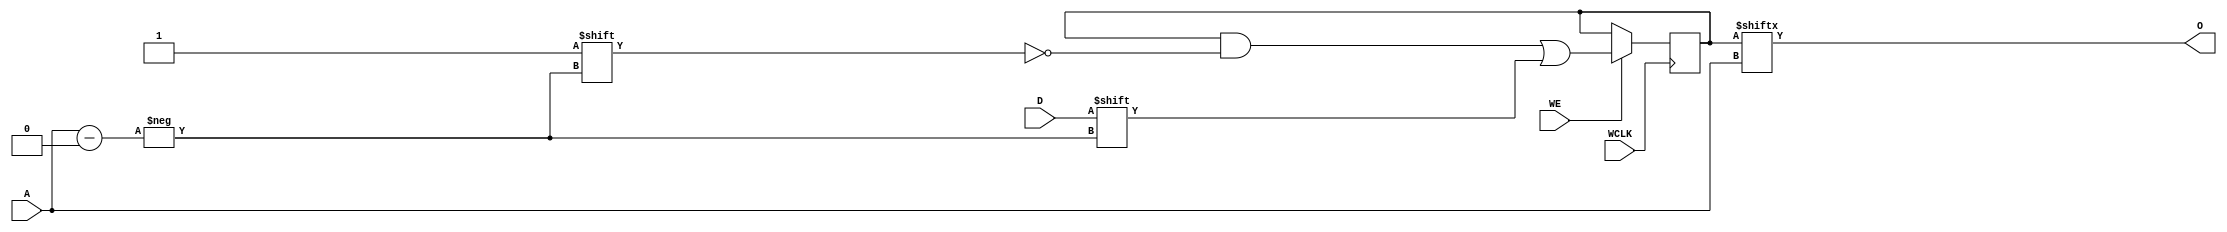
module RAM256X1S (O, A, D, WCLK, WE);

    parameter INIT = 256'h0;

    output O;

    input  [7:0] A;
    input  D;
    input  WCLK;
    input  WE;

    reg  [255:0] mem;

    initial
         mem = INIT;

    assign O = mem[A];

    always @(posedge WCLK) 
	if (WE == 1'b1)
	    mem[A] <= #100 D;


endmodule